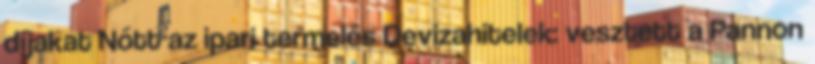
díjakat Nőtt az ipari termelés Devizahitelek: vesztett a Pannon